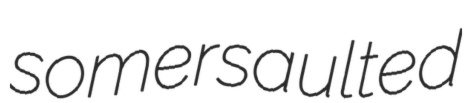
somersaulted